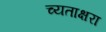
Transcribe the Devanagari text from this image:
च्यताक्षरा